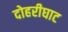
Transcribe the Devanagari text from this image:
दोहरीघाट